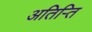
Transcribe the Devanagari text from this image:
अतिरि्‍त